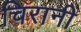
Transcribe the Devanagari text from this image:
चिरानी